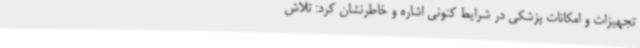
تجهیزات و امکانات پزشکی در شرایط کنونی اشاره و خاطرنشان کرد: تلاش